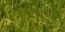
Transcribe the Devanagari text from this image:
गुराऐस